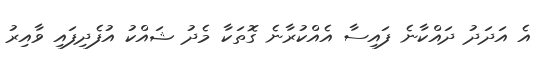
އެ އަދަދު ދައްކާނެ ފައިސާ އެއްކުރާނެ ގޮތަކާ މެދު ޝައްކު އުފެދިފައި ވާއިރު